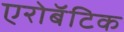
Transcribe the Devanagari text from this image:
एरोबॅटिक